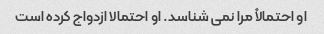
او احتمالاً مرا نمی شناسد. او احتمالا ازدواج کرده است